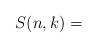
LaTeX: \begin{align*}S(n,k) = \end{align*}